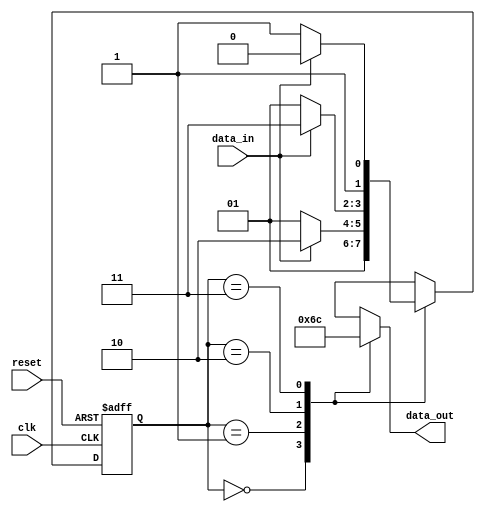
// 4-State Moore state machine

// A Moore machine's outputs are dependent only on the current state.
// The output is written only when the state changes.  (State
// transitions are synchronous.)

module moore_mac
(
	input	clk, data_in, reset,
	output reg [1:0] data_out
);
	
	// Declare state register
	reg		[1:0]state;
	
	// Declare states
	parameter S0 = 0, S1 = 1, S2 = 2, S3 = 3;
	
	// Output depends only on the state
	always @ (state) begin
		case (state)
			S0:
				data_out = 2'b01;
			S1:
				data_out = 2'b10;
			S2:
				data_out = 2'b11;
			S3:
				data_out = 2'b00;
			default:
				data_out = 2'b00;
		endcase
	end
	
	// Determine the next state
	always @ (posedge clk or posedge reset) begin
		if (reset)
			state <= S0;
		else
			case (state)
				S0:
					state <= S1;
				S1:
					if (data_in)
						state <= S2;
					else
						state <= S1;
				S2:
					if (data_in)
						state <= S3;
					else
						state <= S1;
				S3:
					if (data_in)
						state <= S2;
					else
						state <= S3;
			endcase
	end
	
endmodule